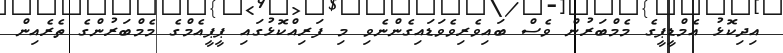
އިދިކޮޅު އެމްޑީޕީގެ މެމްބަރުން ވެސް ބައިވެރިވެވަޑައިގެންނެވި މި ފަރިއްކޮޅުގައި ޕީޕީއެމްގެ މެމްބަރުންގެ ތެރެއިން